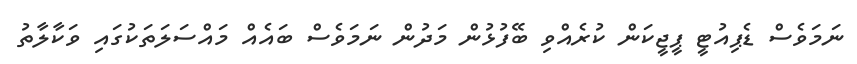
ނަމަވެސް ޑެޕިއުޓީ ޕީޖީކަން ކުރެއްވި ބޭފުޅުން މަދުން ނަމަވެސް ބައެއް މައްސަލަތަކުގައި ވަކާލާތު